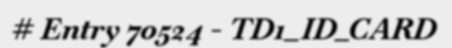
# Entry 70524 - TD1_ID_CARD